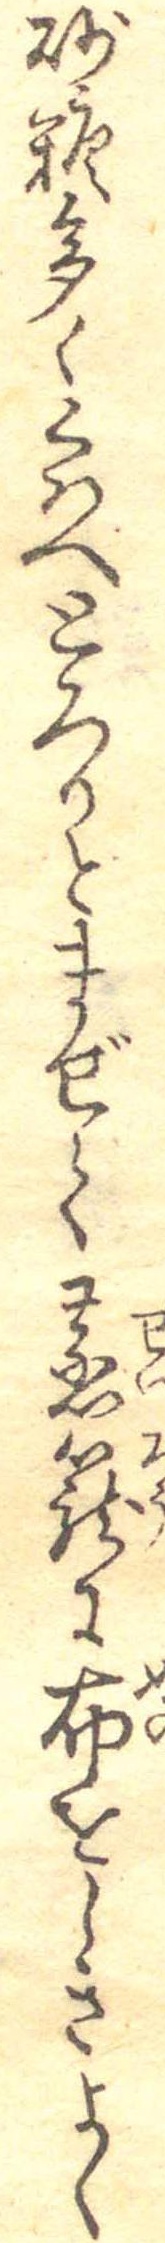
砂糖多くくはへとろりとまぜて蒸篭に布をしきよく